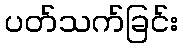
ပတ်သက်ခြင်း